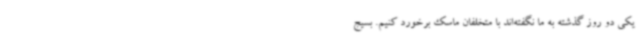
یکی دو روز گذشته به ما نگفته‌اند با متخلفان ماسک برخورد کنیم. بسیج